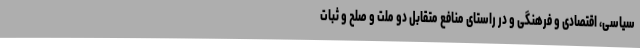
سیاسی، اقتصادی و فرهنگی و در راستای منافع متقابل دو ملت و صلح و ثبات